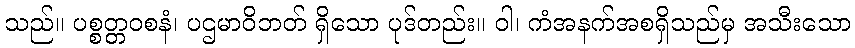
သည်။ ပစ္စတ္တဝစနံ၊ ပဌမာဝိဘတ် ရှိသော ပုဒ်တည်း။ ဝါ၊ ကံအနက်အစရှိသည်မှ အသီးသော